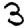
Digit: 3